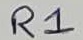
Text: R1